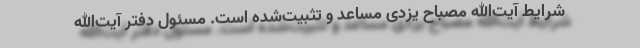
شرایط آیت‌الله مصباح یزدی مساعد و تثبیت‌شده است. مسئول دفتر آیت‌الله